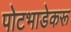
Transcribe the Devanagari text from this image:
पोटभाडेकरू